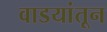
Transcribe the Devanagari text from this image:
वाडयांतून